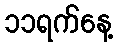
၁၁ရက်နေ့